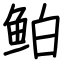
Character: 鲌